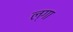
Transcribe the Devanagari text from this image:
ल्गा